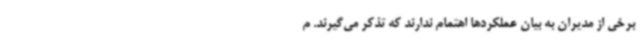
برخی از مدیران به بیان عملکردها اهتمام ندارند که تذکر می‌گیرند. م